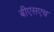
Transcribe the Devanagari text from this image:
बीएसएच